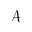
\mathcal { A }